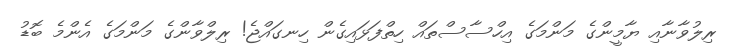
ރިލުވާނާއި ޔާމީންގެ މަންމަގެ އިހްސާސްތައް ހިތްފަޅައިގެން ހިނގައްޖެ! ރިލްވާންގެ މަންމަގެ އެންމެ ބޮޑު